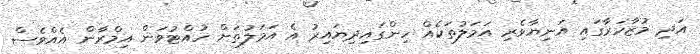
އަދި މުޒާހަރާގައި އަނިޔާވެރި އަމަލުތަކެއް ހިންގައިދިޔައިރު އެ އަމަލުތަށް ހުއްޓުވަން އިމްރާން އެއްވެސް